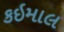
કઇમાલ